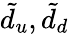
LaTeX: \tilde{d}_{u},\tilde{d}_{d}